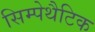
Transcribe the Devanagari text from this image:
सिम्पेथैटिक